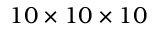
1 0 \times 1 0 \times 1 0